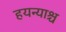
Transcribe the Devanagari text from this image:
हयन्याश्च